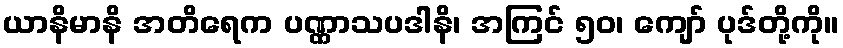
ယာနိမာနိ အတိရေက ပဏ္ဏာသပဒါနိ၊ အကြင် ၅၀၊ ကျော် ပုဒ်တို့ကို။